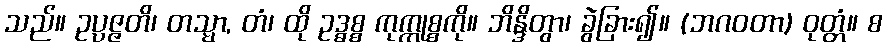
သည်။ ဥပ္ပဇ္ဇတိ၊ တသ္မာ, တံ၊ ထို ဥဒ္ဓစ္စ ကုက္ကုစ္စကို။ ဘိန္ဒိတွာ၊ ခွဲခြား၍။ (ဘဂဝတာ) ဝုတ္တံ။ စ